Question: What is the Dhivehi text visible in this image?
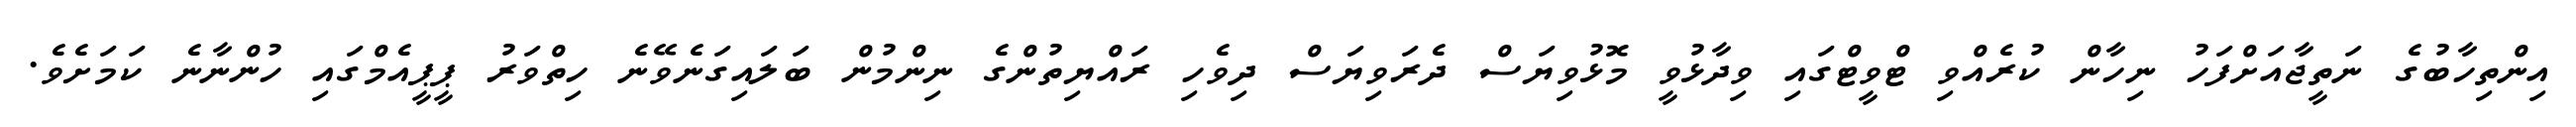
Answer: އިންތިހާބުގެ ނަތީޖާއަށްފަހު ނިހާން ކުރެއްވި ޓްވީޓްގައި ވިދާޅުވީ މޮޅުވިޔަސް ދެރަވިޔަސް ދިވެހި ރައްޔިތުންގެ ނިންމުން ބަލައިގަނެވޭނެ ހިތްވަރު ޕީޕީއެމްގައި ހުންނާނެ ކަމަށެވެ.